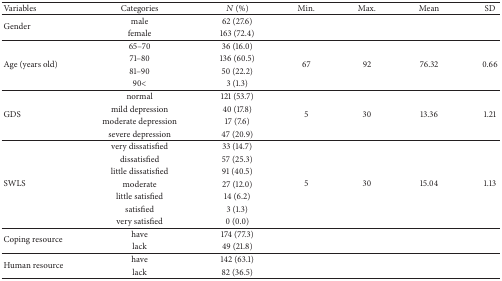
<table><thead><tr><td><b>Variables</b></td><td><b>Categories</b></td><td><b><i>N</i> (%)</b></td><td><b>Min.</b></td><td><b>Max.</b></td><td><b>Mean</b></td><td><b>SD</b></td></tr></thead><tbody><tr><td rowspan="2">Gender</td><td>male</td><td>62 (27.6)</td><td> </td><td> </td><td> </td><td> </td></tr><tr><td>female</td><td>163 (72.4)</td><td> </td><td> </td><td> </td><td> </td></tr><tr><td rowspan="4">Age (years old)</td><td>65–70 </td><td>36 (16.0)</td><td rowspan="4">67</td><td rowspan="4">92</td><td rowspan="4">76.32</td><td rowspan="4">0.66</td></tr><tr><td>71–80 </td><td>136 (60.5)</td></tr><tr><td>81–90 </td><td>50 (22.2)</td></tr><tr><td>90&lt;</td><td>3 (1.3)</td></tr><tr><td rowspan="4">GDS</td><td>normal </td><td>121 (53.7)</td><td rowspan="4">5</td><td rowspan="4">30</td><td rowspan="4">13.36</td><td rowspan="4">1.21</td></tr><tr><td>mild depression </td><td>40 (17.8)</td></tr><tr><td>moderate depression</td><td>17 (7.6)</td></tr><tr><td>severe depression</td><td>47 (20.9)</td></tr><tr><td rowspan="7">SWLS</td><td>very dissatisfied</td><td>33 (14.7)</td><td rowspan="7">5</td><td rowspan="7">30</td><td rowspan="7">15.04</td><td rowspan="7">1.13</td></tr><tr><td>dissatisfied </td><td>57 (25.3)</td></tr><tr><td>little dissatisfied </td><td>91 (40.5)</td></tr><tr><td>moderate </td><td>27 (12.0)</td></tr><tr><td>little satisfied </td><td>14 (6.2)</td></tr><tr><td>satisfied </td><td>3 (1.3)</td></tr><tr><td>very satisfied </td><td>0 (0.0)</td></tr><tr><td rowspan="2">Coping resource</td><td>have </td><td>174 (77.3)</td><td> </td><td> </td><td> </td><td> </td></tr><tr><td>lack</td><td>49 (21.8)</td><td> </td><td> </td><td> </td><td> </td></tr><tr><td rowspan="2">Human resource</td><td>have </td><td>142 (63.1)</td><td> </td><td> </td><td> </td><td> </td></tr><tr><td>lack</td><td>82 (36.5)</td><td> </td><td> </td><td> </td><td> </td></tr></tbody></table>